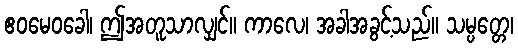
ဧဝမေဝခေါ၊ ဤအတူသာလျှင်။ ကာလေ၊ အခါအခွင့်သည်။ သမ္ပတ္တေ၊